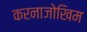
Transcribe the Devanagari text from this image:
करनाजोखिम